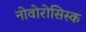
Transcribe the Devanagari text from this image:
नोवोरोसिस्क